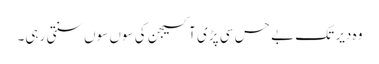
وہ دیر تک بے حس سی پڑی آکسیجن کی سوں سوں سنتی رہی۔